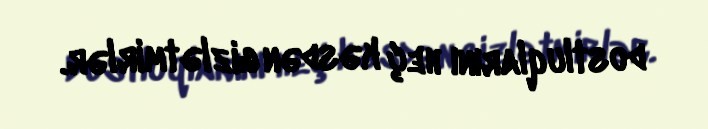
dostluqlarını heç kəsdən gizlətmirlər.